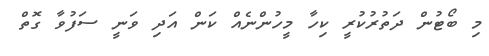
މި ބޯޓުން ދަތުރުކުރީ ކިހާ މީހުންނެއް ކަން އަދި ވަނީ ސަފުވާ ގޮތް